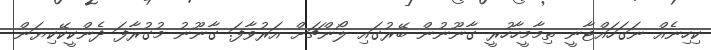
ކިހިނެއް ނަގަހައްޓާނީ ތިމާމީހާހުރީ ގާނޫނުން ބޭރުގައި ލޯންޗަށް އަރުވާފަ. ގާނޫނު މުގުރާފަ ދެންކީކޭކިޔަން